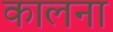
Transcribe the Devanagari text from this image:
कालना